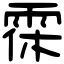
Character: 𩂯